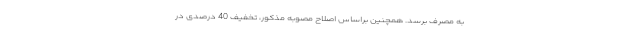
به مصرف برسد. همچنین براساس اصلاح مصوبه مذکور، تخفیف 40 درصدی در